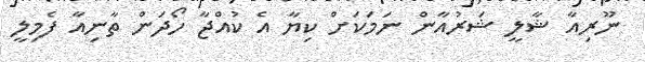
ނޫރިއާ ޝާލީ ޝަރުއާން ނަމަކަށް ކިޔާ އެ ކުއްޖާ ހޯދަން ތާނިއާ ފެމިލީ